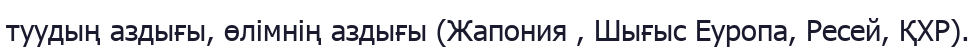
туудың аздығы, өлімнің аздығы (Жапония , Шығыс Еуропа, Ресей, ҚХР).